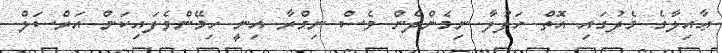
ޢާއިލާގެ މެދުގައި އޮތް ހަފުލާ ނިމެންދެން ވެސް ނިމްރާ އިނީ ހިމޭންވެފައިކަން އަރްސަލް